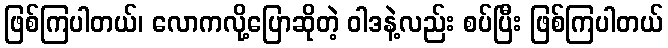
ဖြစ်ကြပါတယ်၊ လောကလို့ပြောဆိုတဲ့ ဝါဒနဲ့လည်း စပ်ပြီး ဖြစ်ကြပါတယ်